Annual statistical returns and brief notes on vaccination in Bengal - 1909-1929
Year: 1909
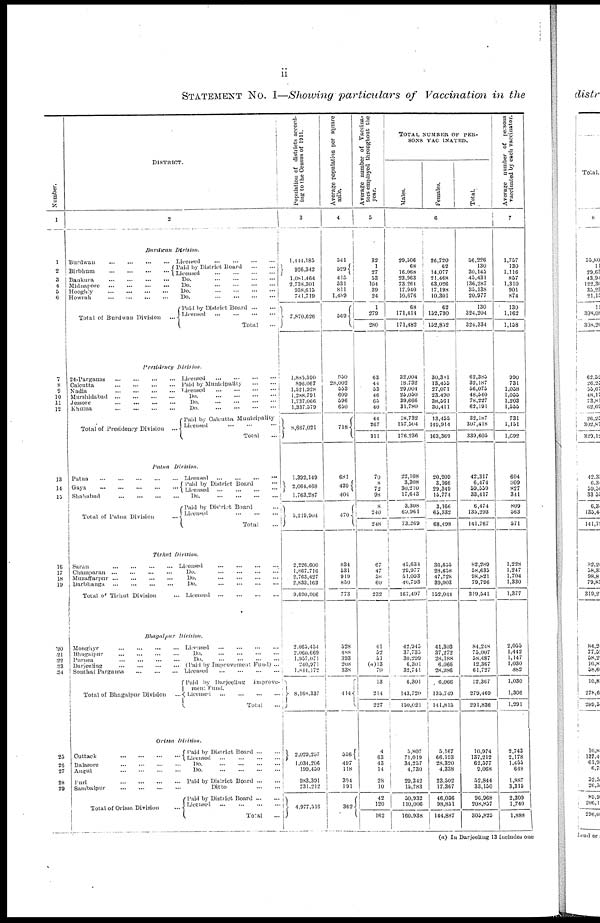
ii
STATEMENT No. I—Showing particulars of Vaccination in the
Number.
1
1
2
3
4
5
6
7
8
9
10 11
12
13
14
15
16
17
18
19
20
21
22 23
24
25
26
27
28
29
DISTINCT.
2
Burdwan
Division.
Burdwan
...
...
...
...
Birbhum
...
...
...
...
Bankura ... ... ... ...
Midnapore ... ... ... ...
Hooghly ... ... ... ...
Howrah
...
...
...
...
Total of Burdwan Division ...
Licensed
...
...
...
...
Paid by District Board
...
...
Licensed
...
...
...
...
Do. ... ... ... ...
Do. ... ... ... ...
Do. ... ... ... ...
Do. ... ... ... ...
Paid by District Board
...
...
Licensed
...
...
...
...
Total ...
Presidency
Division.
24-Pargunas ... ... ... ...
Calcutta ... ... ... ...
Nadia ... ... ... ...
Murshidabad ... ... ... ...
Jessore ... ... ... ...
Khulna
...
...
...
...
Total of Presidency Division ...
Licensed ... ... ... ...
Paid by Municipality
...
...
Licensed ... ... ... ...
Do. ... ... ... ...
Do. ... ... ... ...
Do. ... ... ... ...
Paid by Calcutta Municipality
Licensed ... ... ...
Total ...
Patna Division.
Patna
...
...
...
...
...
Gaya ... ... ... ...
Shahabad
...
...
...
...
Total of Patna Division ...
Licensed
...
...
...
...
Paid by District Board ...
Licensed ... ... ... ...
Do. ... ... ... ...
Paid by District Board
Licensed
...
...
...
Total ...
Tirhus Division.
Saran ... ... ... ...
Champaran
...
...
...
...
Muzaffarpur
...
...
...
...
Darbhanga
...
...
...
...
Total of Tirhut Division ...
Licensed ... ... ... ...
Do. ... ... ... ...
Do. ... ... ... ...
Do. ... ... ... ...
Licensed
...
...
...
...
Bhagalpur Division.
Monghyr ... ... ... ...
Bhagalpur
...
...
...
...
Purnea ... ... ... ...
Darjeeling
...
...
...
...
Sonthal Parganas ... ... ...
Total of Bhagalpur Division ...
Licensed
...
...
...
...
Do. ... ... ... ...
Do. ... ... ... ...
(Paid by Improvement Fund) ...
Licensed
...
...
...
...
Paid by Darjeeling
Improve¬
ment Fund.
Licensed
...
...
...
...
Total ...
Orissa Division.
Cuttack
...
...
...
...
Balasore
...
...
...
...
Angul
...
...
...
...
Puri
...
...
...
...
Sambalpur
...
...
...
...
Total of Orissa Division ...
Paid by District Board ... ...
Licensed
...
...
...
...
Do. ... ... ... ...
Do. ... ... ... ...
Paid by District Board ... ...
Ditto
...
...
Paid by District Board ... ...
Licensed
...
...
...
...
Total ...
Population of districts accord-
--- to the Census of 1011.
3
1,144,185
926,342
1,081,464
2,738,301
938,615
741,719
7,870,626
1,885,390
896,067
1,521,928
1,288,791
1,737,066
1,337,379
8,667,021
1,392,149
2,064,468
1,763,287
3,219,904
2,226,600
1,867,716
2,763,427
2,833,163
9,690,906
2,065,434
2,960,669
1,937,071
240,971
1,814,172
8,168,337
2,029,257
1,034,206
199,430
983,391
731,212
4,977,316
Average population per square
mile.
4
341
529
415
331
811
1,489
569
930
28,002
553
609
596
630
718
681
439
404
470
834
531
919
830
773
528
488
393
208
338
414
336
497
118
394
191
362
Average number of Vaccina-
tors employed throughout the
year.
5
32
1
27
53
104
39
24
1
279
280
63
44
53
46
63
40
44
267
311
70
8
72
98
8
240
248
67
47
58
60
232
41
32
51
(a)13
70
13
214
227
4
63
43
14
28
10
42
120
162
TOTAL NUMBER OF PER-
SONS VACCINATED.
Males.
Females.
Total.
6
29,306
68
16,068
23,963
73,261
17,940
10,676
68
171,414
171,482
32,004
18,732
29,004
25,030
39,666
31,780
18,732
137,504
176,236
22,108
3,308
30,210
17,613
3,308
69,961
73,269
43,634
29,977
51,093
40,793
167,497
42,945
37,733
30,299
6,301
32,741
6,301
143,720
130,021
3,807
71,019
34,257
4,730
29,342
15,783
30,932
110,006
160,938
26,720
62
14,077
21,468
63,026
17,198
10,301
62
152,790
152,832
30,381
13,455
27,071
23,490
38,561
30,411
13,453
149,914
163,369
20,209
3,166
29,349
15,774
3,166
65,332
68,498
36,655
28,638
47,728
39,003
152,044
41,303
37,272
28,188 6,066
28,986
6,066
133,749
141,815
5,167
66,193
28,320
4,338
23,502
17,367
46,036
98,851
144,887
56,226
130
30,143
43,431
136,287
35,138
20,977
130
324,204
324,334
62,383
32,187
56,073
48,540
78,227
62,191
32,187
307,418
339,605
42,317
6,474
59,339
33,417
6,474
135,293
141,767
82,289
58,635
98,821
79,796
319,541
84,248
73,007
38,487 12,367
61,727
12,367
279,469
291,836
10,974
137,212
62,577
9,068
52,844
33,150
96,968
208,857
305,823
Average number of persons
vaccinated by each vaccinator.
7
1,757
130
1,116
857
1,310
901
874
130
1,162
1,158
990
731
1,038
1,055 1,203
1,555
731
1,151
1,692
604
809
827
341
809
563
571
1,228
1,247
1,704
1,330
1,377
2,055
1,442
1,147
1,030
882
1,030
1,306
1,291
2,743
2,178
1,455
648
1,887
3,315
2,309
1,740
1,888
(a) In Darjeeling 13 includes one